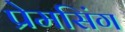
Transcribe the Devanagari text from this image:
प्रेमसिंग